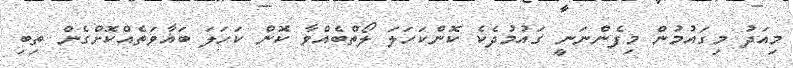
މިއަދު މިގައުމުން މިފެންނަނީ ގައުމުދެކެ ކޮންކަހަލަ ލޯތްބެއްވާ ކޮން ކަހަލަ ބަޣާވަތެއްކޮށްގެން ތިބި